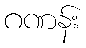
ဂဏန်း